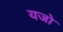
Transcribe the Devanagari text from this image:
यजो